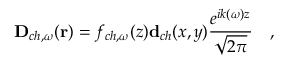
\mathbf { D } _ { c h , \omega } ( \mathbf { r } ) = f _ { c h , \omega } ( z ) \mathbf { d } _ { c h } ( x , y ) \frac { e ^ { i k ( \omega ) z } } { \sqrt { 2 \pi } } \quad ,